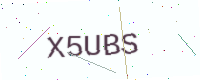
Text: X5UBS